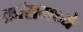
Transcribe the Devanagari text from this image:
क्रॉसमध्ये